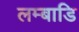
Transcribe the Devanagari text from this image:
लम्बाडि